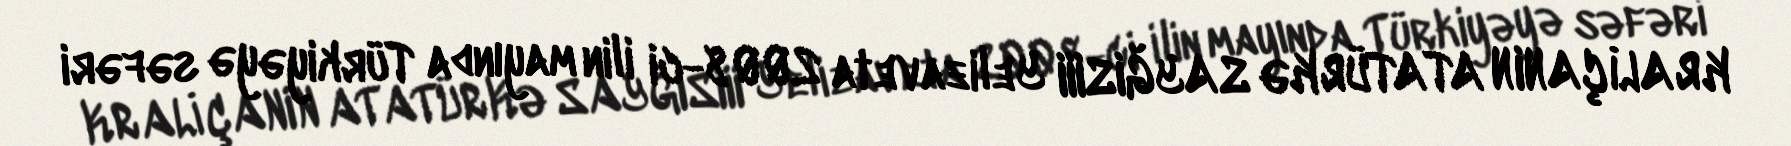
KRALİÇANIN ATATÜRKƏ SAYĞISIII Yelizaveta 2008-ci ilin mayında Türkiyəyə səfəri